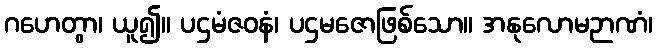
ဂဟေတွာ၊ ယူ၍။ ပဌမံဇဝနံ၊ ပဌမဇောဖြစ်သော။ အနုလောမဉာဏံ၊